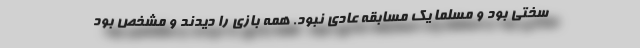
سختی بود و مسلما یک مسابقه عادی نبود. همه بازی را دیدند و مشخص بود